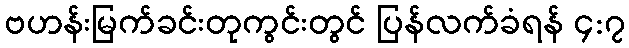
ဗဟန်းမြက်ခင်းတုကွင်းတွင် ပြန်လက်ခံရန် ၄:၇